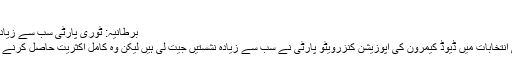
(10.05.2010)
برطانیہ: ٹوری پارٹی سب سے زیادہ نشستیں جیت گئی
برطانوی پارلیمانی انتخابات میں ڈیوڈ کیمرون کی اپوزیشن کنزرویٹو پارٹی نے سب سے زیادہ نشستیں جیت لی ہیں لیکن وہ کامل اکثریت حاصل کرنے میں ناکام رہی ہے۔